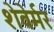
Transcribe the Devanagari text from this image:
शेवेर्मर